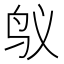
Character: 𱉌